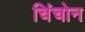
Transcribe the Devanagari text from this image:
चिंचोन